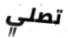
تصلي